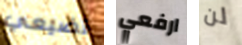
تضيعي ارفعي لن